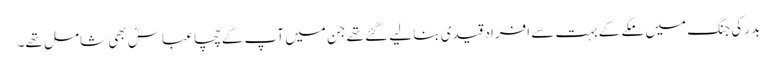
بدر کی جنگ میں مکے کے بہت سے افراد قیدی بنا لیے گئے تھے جن میں آپ کے چچا عباسؓ بھی شامل تھے۔